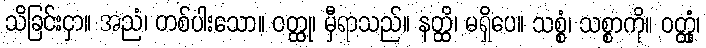
သိခြင်းငှာ။ အညံ၊ တစ်ပါးသော။ ဝတ္ထု၊ မှီရာသည်။ နတ္ထိ၊ မရှိပေ။ သစ္စံ၊ သစ္စာကို။ ဝတ္ထုံ၊